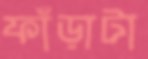
ফাঁড়াটা